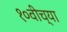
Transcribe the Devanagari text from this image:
१०वीच्या